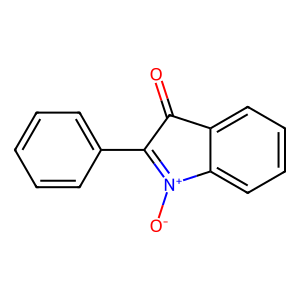
SMILES: O=C1C(c2ccccc2)=[N+]([O-])c2ccccc21
Inhibits HIV replication: No